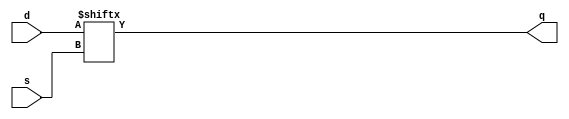
module mux81 (s,d,q);
   input[2:0]s;
   input [7:0]d;
   output q;
   assign q = d[s];
endmodule